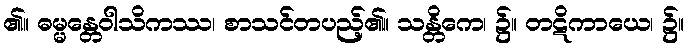
၏။ ဓမ္မန္တေဝါသိကဿ၊ စာသင်တပည့်၏။ သန္တိကေ၊ ၌။ တဋိကာယေ၊ ၌။